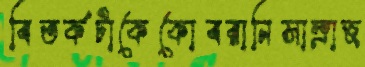
বিতর্কটাকেকোবরানিসাম্রাজ